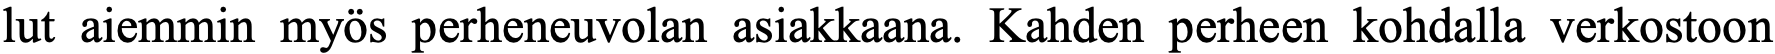
lut aiemmin myös perheneuvolan asiakkaana. Kahden perheen kohdalla verkostoon